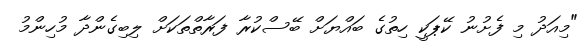
"މިއަދު މި ފެށުނު ކޭޕަކީ ހިތުގެ ބައްޔަށް ބޭސްކުރާ ފަރާތްތަކަށް ލިބިގެންދާ މުހިންމު